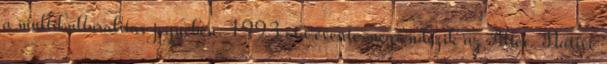
a multikulturalitás jegyében. 1993 óta évente megrendezik az Alter-Native